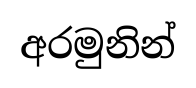
අරමුනින්